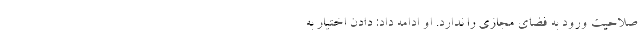
صلاحیت ورود به فضای مجازی را ندارد. او ادامه داد: دادن اختیار به